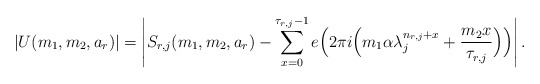
\begin{align*}\left|U(m_1,m_2, a_r)\right| = \left| S_{r,j}(m_1,m_2,a_r) - \sum_{x=0}^{\tau_{r,j}-1} e\Big(2\pi i \Big( m_1 \alpha \lambda_j^{n_{r,j}+x} + \frac{m_2 x}{\tau_{r,j}} \Big)\Big)\right|.\end{align*}